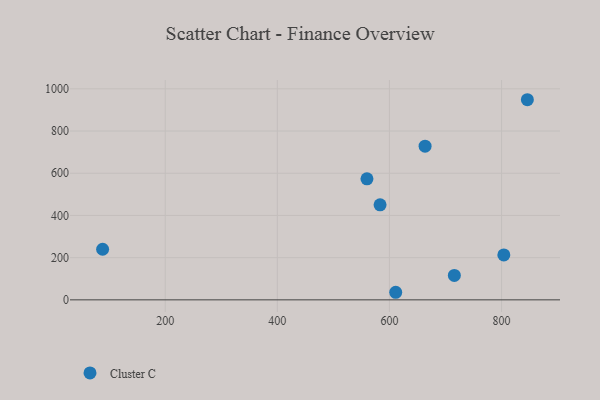
{"axis": {"x": "Ad Spend", "y": "Sales"}, "legend": ["Cluster C"], "data": [{"x": "583.3", "y": 450.4, "type": "Cluster C"}, {"x": "804.1", "y": 212.8, "type": "Cluster C"}, {"x": "611.2", "y": 35.9, "type": "Cluster C"}, {"x": "715.8", "y": 115.8, "type": "Cluster C"}, {"x": "663.6", "y": 728.3, "type": "Cluster C"}, {"x": "846.1", "y": 948.4, "type": "Cluster C"}, {"x": "559.9", "y": 573.6, "type": "Cluster C"}, {"x": "88.3", "y": 239.8, "type": "Cluster C"}]}